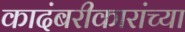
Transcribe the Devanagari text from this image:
कादंबरीकारांच्या